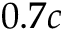
0 . 7 c